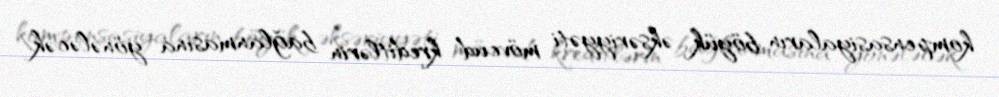
kompensasiyaların böyük əksəriyyəti mövcud kreditlərin bağlanmasına yönələcək.